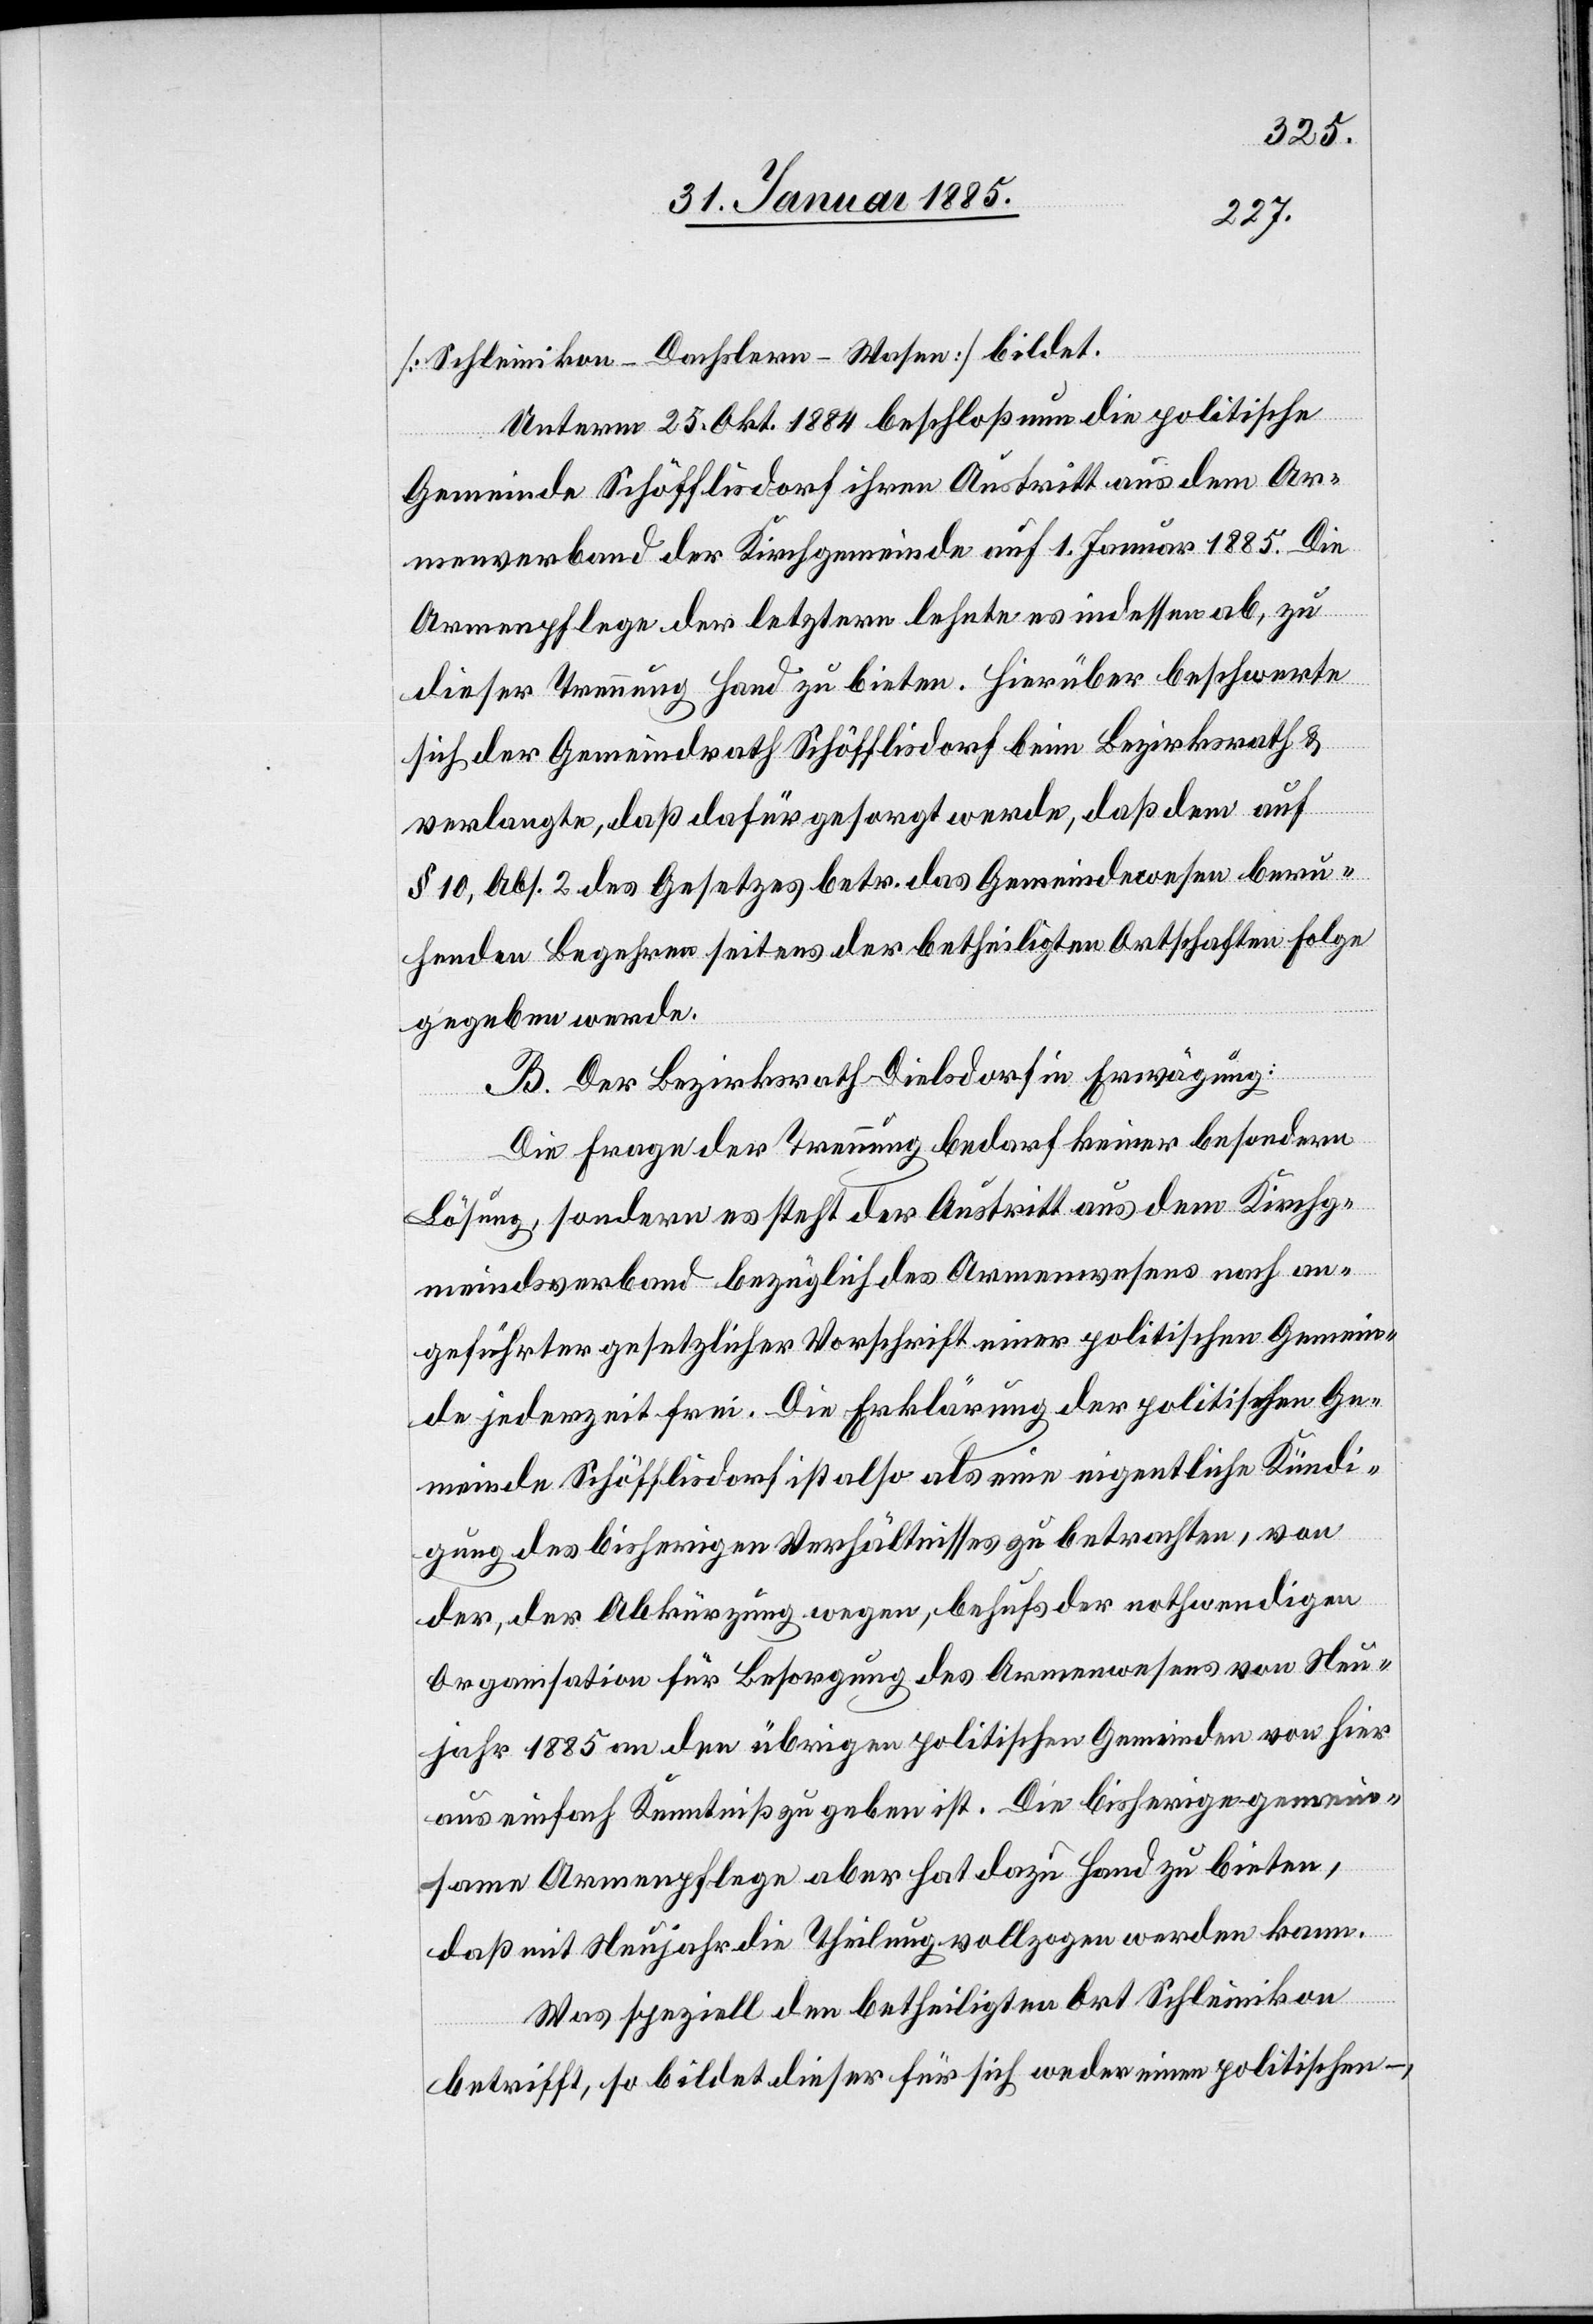
[Schleinikon-Dachslern-Wasen] bildet.
Unterm 25. Okt. 1884 beschloß nun die politische
Gemeinde Schöfflisdorf ihren Austritt aus dem Ar¬
menverband der Kirchgemeinde auf 1. Januar 1885. Die
Armenpflege der letztern lehnte es indessen ab, zu
dieser Trennung Hand zu bieten. Hierüber beschwerte
sich der Gemeindrath Schöfflisdorf beim Bezirksrath &
verlangte, daß dafür gesorgt werde, daß dem auf
§ 10, Abs. 2 des Gesetzes betr. das Gemeindewesen beru¬
fenden Begehren seitens der betheiligten Ortschaften folge
gegeben werde.
B. Der Bezirksrath Dielsdorf in Erwägung:
Die Frage der Trennung bedarf keiner besondern
Lösung, sondern es steht der Austritt aus dem Kirchge¬
meindeverband bezüglich des Armenwesens nach an¬
geführter gesetzlicher Vorschrift einer politischen Gemein¬
de jederzeit frei. Die Erklärung der politischen Ge¬
meinde Schöfflisdorf ist also als eine eigentliche Kündi¬
gung des bisherigen Verhältnisses zu betrachten, von
der, der Abkürzung wegen, behufs der nothwendigen
Organisation für Besorgung des Armenwesens von Neu¬
jahr 1885 an den übrigen politischen Gemeinden von hier
aus einfach Kenntniß zu geben ist. Die bisherige gemein¬
same Armenpflege aber hat dazu Hand zu bieten,
daß mit Neujahr die Theilung vollzogen werden kann.
Was speziell den betheiligten Ort Schleinikon
betrifft, so bildet dieser für sich weder einen politischen